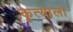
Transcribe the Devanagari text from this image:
कृत्याला